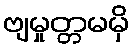
ဗျမှုတ္တမမှိ